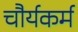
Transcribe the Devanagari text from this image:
चौर्यकर्म